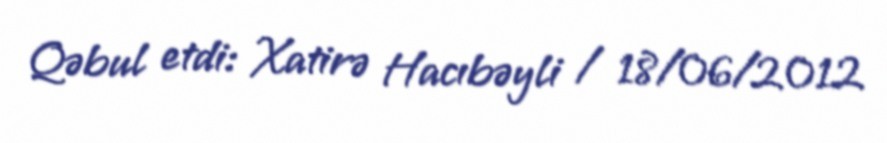
Qəbul etdi: Xatirə Hacıbəyli / 18/06/2012